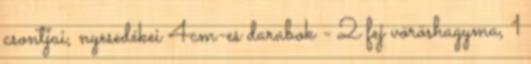
csontjai, nyesedékei 4cm-es darabok - 2 fej vöröshagyma, 1